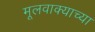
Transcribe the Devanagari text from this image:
मूलवाक्याच्या